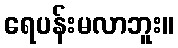
ရေပန်းမလာဘူး။